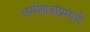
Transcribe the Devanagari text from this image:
धर्मशात्राप्रमाणे